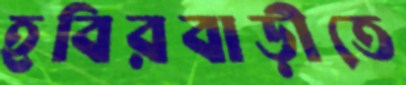
হবিরবাড়ীতে